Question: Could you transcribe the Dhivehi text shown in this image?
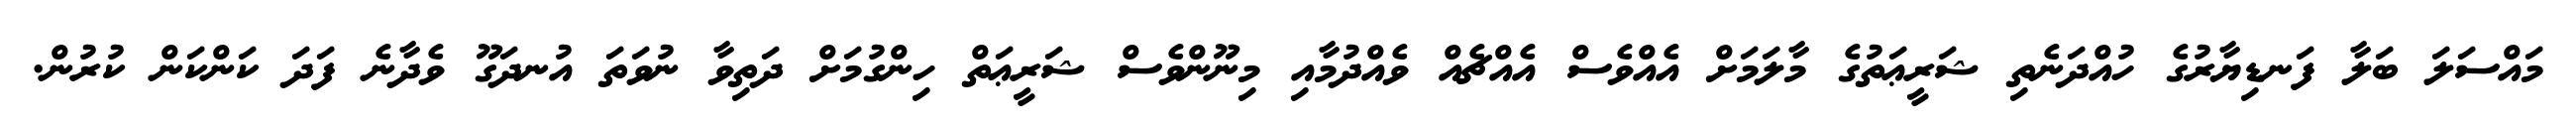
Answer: މައްސަލަ ބަލާ ފަނޑިޔާރުގެ ހުއްދަނެތި ޝަރީޢަތުގެ މާލަމަށް އެއްވެސް އެއްޗެއް ވެއްދުމާއި މިނޫންވެސް ޝަރީޢަތް ހިންގުމަށް ދަތިވާ ނުވަތަ އުނދަގޫ ވެދާނެ ފަދަ ކަންކަން ކުރުން.